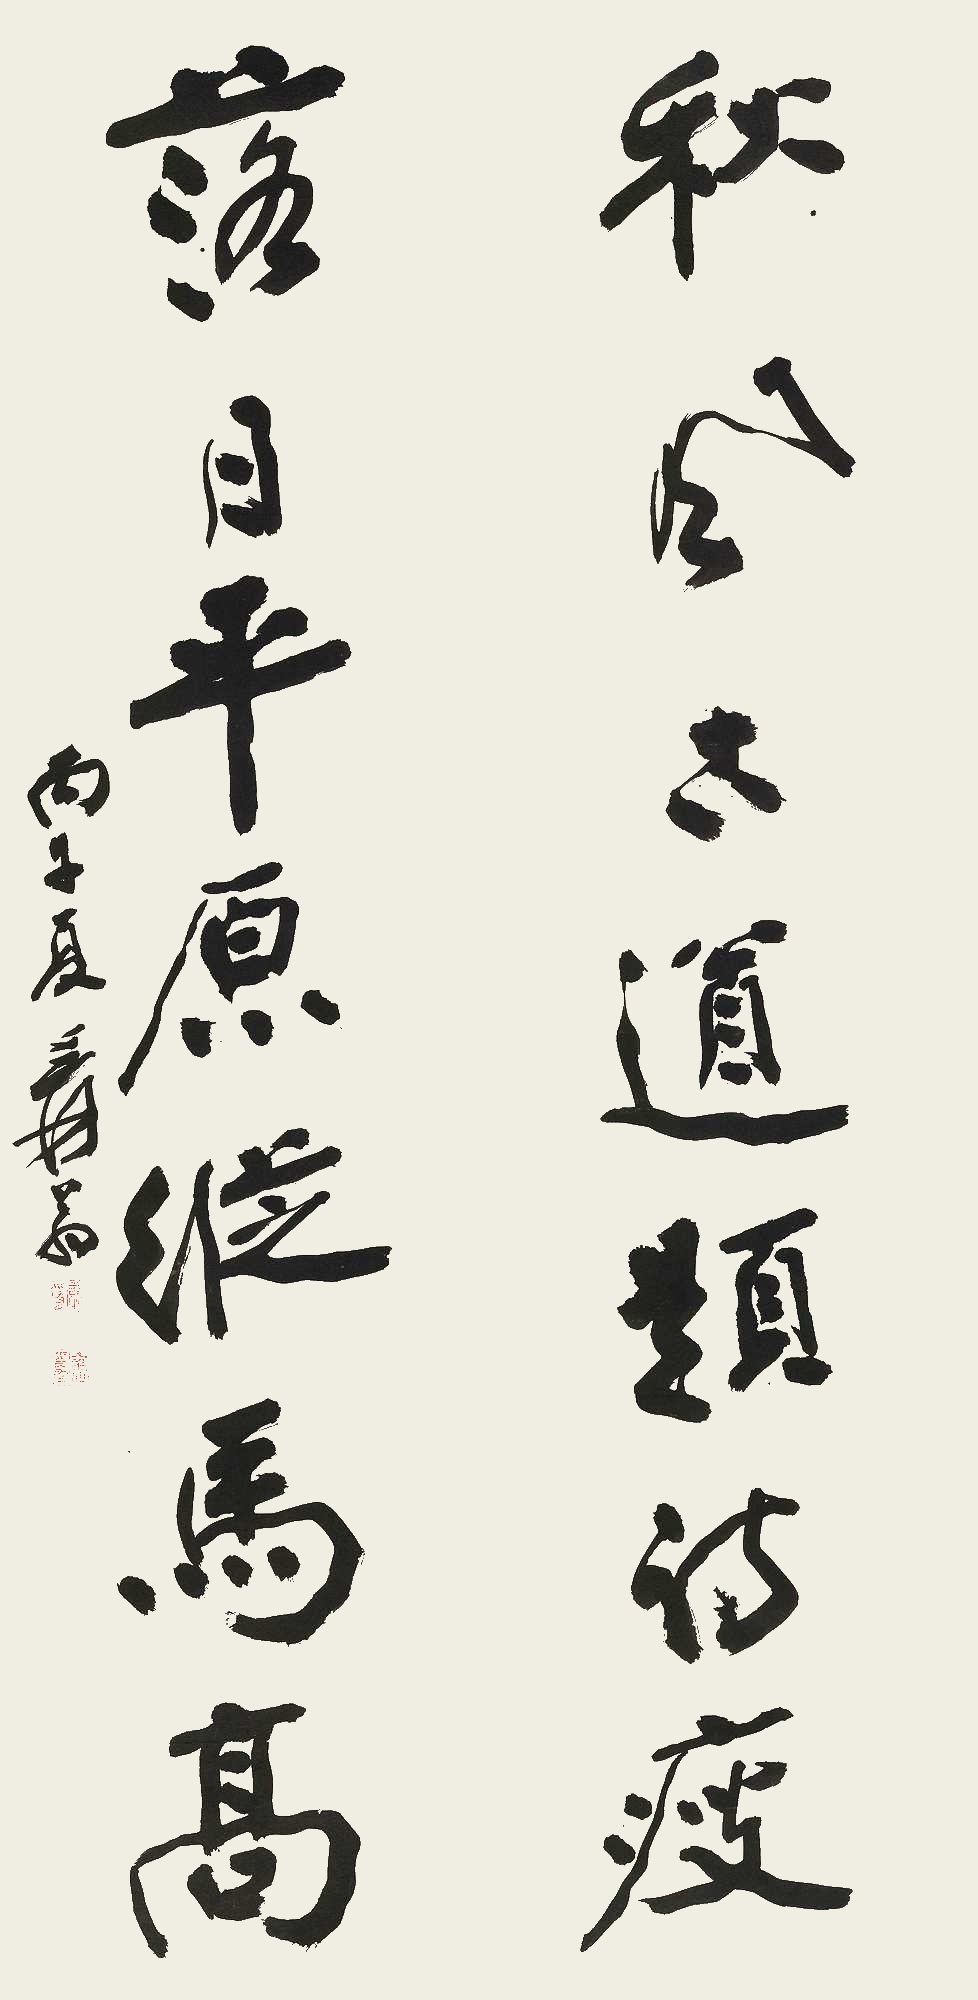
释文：秋风古道题诗瘦，落日平原纵马高。丙午夏，爰翁。